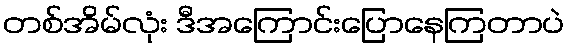
တစ်အိမ်လုံး ဒီအကြောင်းပြောနေကြတာပဲ